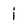
Character: i